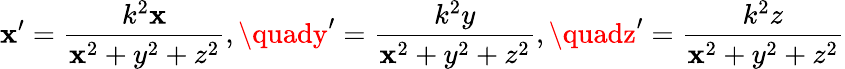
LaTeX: \mathbf{x}^{\prime}={\frac{{k^{2}\mathbf{x}}}{{\mathbf{x}^{2}+y^{2}+z^{2}}}},\quady^{\prime}={\frac{{k^{2}y}}{{\mathbf{x}^{2}+y^{2}+z^{2}}}},\quadz^{\prime}={\frac{{k^{2}z}}{{\mathbf{x}^{2}+y^{2}+z^{2}}}}